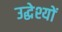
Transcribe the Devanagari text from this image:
उद्धेश्यों